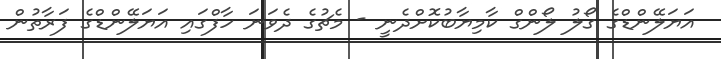
އަޔަލޭންޑްގެ ގޯލު ލޯންގް ކާމިޔާބުކޮށްދެނީ - މެޗުގެ ދެވަނަ ހާފްގައި އަޔަލޭންޑްގެ ފަރާތުން